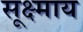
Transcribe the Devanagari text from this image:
सूक्ष्माय